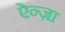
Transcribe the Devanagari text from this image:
ऐन्ज़ा